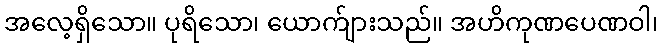
အလေ့ရှိသော။ ပုရိသော၊ ယောက်ျားသည်။ အဟိကုဏပေဏဝါ၊